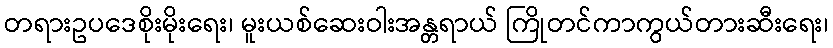
တရားဥပဒေစိုးမိုးရေး၊ မူးယစ်ဆေးဝါးအန္တရာယ် ကြိုတင်ကာကွယ်တားဆီးရေး၊